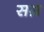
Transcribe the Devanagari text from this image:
सग्र